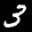
Label: 3